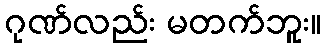
ဂုဏ်လည်း မတက်ဘူး။